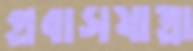
প্রবাসযাত্রা